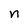
Character: n